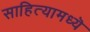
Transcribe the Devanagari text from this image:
साहित्यामध्यॆ